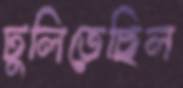
ঢুলিতেছিল